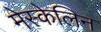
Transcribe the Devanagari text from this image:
मेस्केलिन